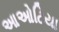
આઓટિયા